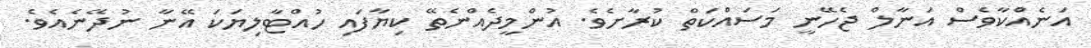
އަނެއްކާވެސް އަނާލް ޖެހޭނީ މަސައްކަތް ކުރާށެވެ. އުންމީދެއްނެތޭ ކިޔާފައި ހުއްޓާލިޔަކަ އޭނާ ނުދޭނެއެވެ.